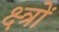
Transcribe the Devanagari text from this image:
क्ष्त्रों